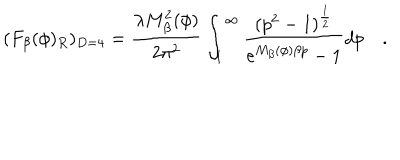
LaTeX: ( F _ { \beta } ( \phi ) _ { R } ) _ { D = 4 } = \frac { \lambda M _ { \beta } ^ { 2 } ( \phi ) } { 2 \pi ^ { 2 } } \int _ { 1 } ^ { \infty } \frac { ( p ^ { 2 } - 1 ) ^ { \frac 1 2 } } { e ^ { M _ { \beta } ( \phi ) \beta p } - 1 } d p \quad .